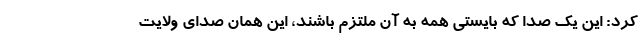
کرد: این یک صدا که بایستی همه به آن ملتزم باشند، این همان صدای ولایت